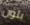
بلون